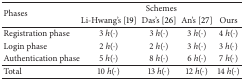
<table><thead><tr><td rowspan="2"><b>Phases</b></td><td colspan="4"><b>Schemes</b></td></tr><tr><td><b>Li-Hwang&#x27;s [19]</b></td><td><b>Das&#x27;s [26]</b></td><td><b>An&#x27;s [27]</b></td><td><b>Ours </b></td></tr></thead><tbody><tr><td>Registration phase</td><td>3 <i>h</i>(·)</td><td>3 <i>h</i>(·)</td><td>3 <i>h</i>(·)</td><td>4 <i>h</i>(·)</td></tr><tr><td>Login phase</td><td>2 <i>h</i>(·)</td><td>2 <i>h</i>(·)</td><td>3 <i>h</i>(·)</td><td>3 <i>h</i>(·)</td></tr><tr><td>Authentication phase</td><td>5 <i>h</i>(·)</td><td>8 <i>h</i>(·)</td><td>6 <i>h</i>(·)</td><td>7 <i>h</i>(·)</td></tr><tr><td>Total</td><td>10 <i>h</i>(·)</td><td>13 <i>h</i>(·)</td><td>12 <i>h</i>(·)</td><td>14 <i>h</i>(·)</td></tr></tbody></table>